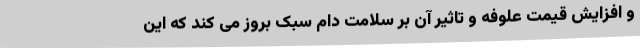
و افزایش قیمت علوفه و تاثیر آن بر سلامت دام سبک بروز می‌ کند که این